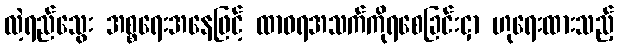
လဲ့ရည်သွေး အစ္စရေးအနေဖြင့် ထာဝရအသက်ကိုရစေခြင်းငှာ ဟုရေးထားသည့်